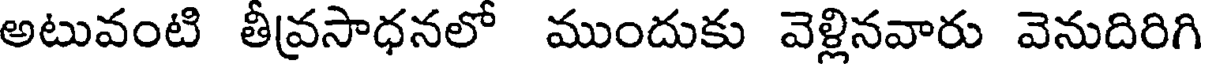
అటువంటి తీవ్రసాధనలో ముందుకు వెళ్లినవారు వెనుదిరిగి